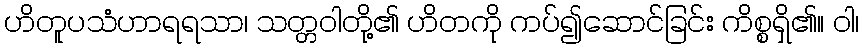
ဟိတူပသံဟာရရသာ၊ သတ္တဝါတို့၏ ဟိတကို ကပ်၍ဆောင်ခြင်း ကိစ္စရှိ၏။ ဝါ၊